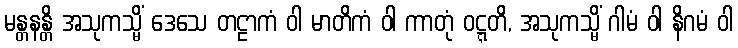
မန္တနန္တိ အသုကသ္မိံ ဒေသေ တဠာကံ ဝါ မာတိကံ ဝါ ကာတုံ ဝဋ္ဋတိ, အသုကသ္မိံ ဂါမံ ဝါ နိဂမံ ဝါ